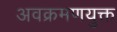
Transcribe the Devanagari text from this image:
अवक्रमणयुक्त